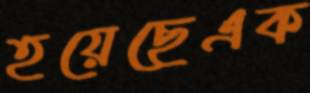
হয়েছেএক